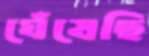
ঘেঁষেছি